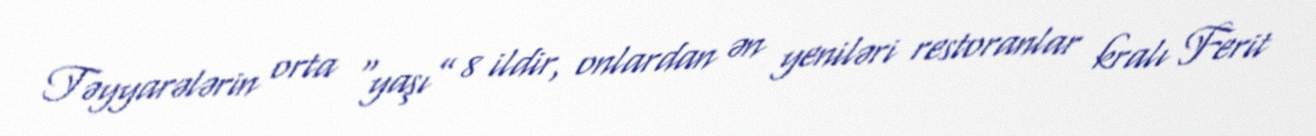
Təyyarələrin orta “yaşı” 8 ildir, onlardan ən yeniləri restoranlar kralı Ferit